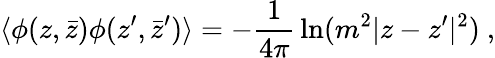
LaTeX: \langle\phi(z,\bar{z})\phi(z^{\prime},\bar{z}^{\prime})\rangle=-{\frac{1}{4\pi}}\ln(m^{2}|z-z^{\prime}|^{2})~,